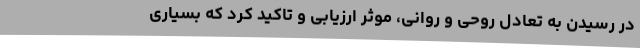
در رسیدن به تعادل روحی و روانی، موثر ارزیابی و تاکید کرد که بسیاری